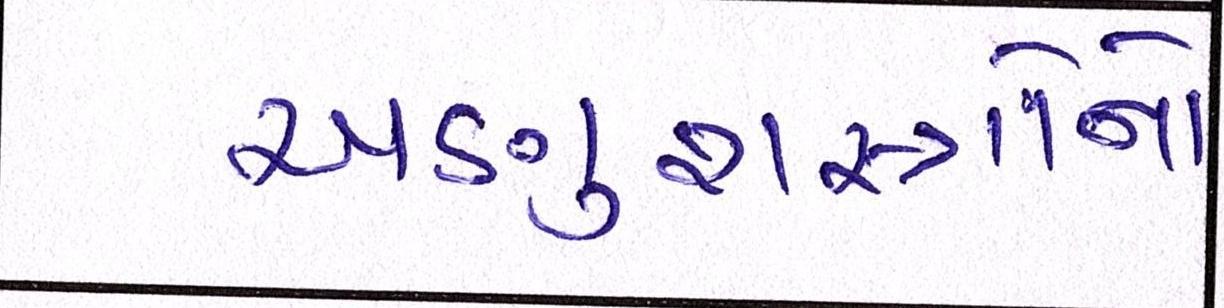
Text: અણુશસ્ત્રોનો